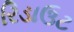
રિડાઉટ